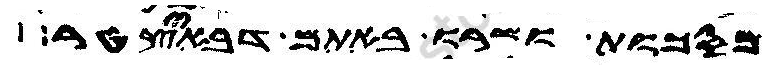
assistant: מסכות ושרו באתם דבאיצטר